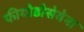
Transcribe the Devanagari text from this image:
फीयोडोसेवेना